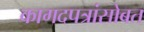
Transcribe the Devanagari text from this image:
कागदपत्रांसोबत